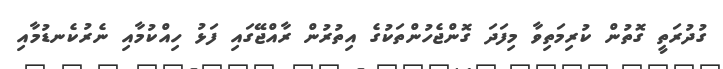
ގުދުރަތީ ގޮތުން ކުރިމަތިވާ މިފަދަ ގޮންޖެހުންތަކުގެ އިތުރުން ރާއްޖޭގައި ފަޅު ހިއްކުމާއި ނެރުކެނޑުމާއި